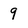
Character: 9